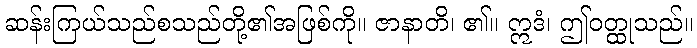
ဆန်းကြယ်သည်စသည်တို့၏အဖြစ်ကို။ ဇာနာတိ၊ ၏။ ဣဒံ၊ ဤဝတ္ထုသည်။